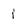
Character: i